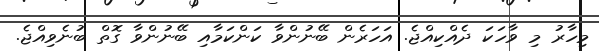
މިހާރު މި ވާހަކަ ދެއްކިއްޖެ. އަހަރެން ބޭނުންވާ ކަންކަމާއި ބޭނުންވާ ގޮތް ބުނެވިއްޖެ.